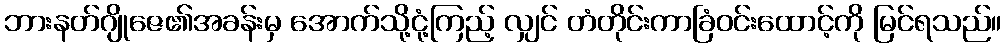
ဘားနတ်ဂျိုဇေ၏အခန်းမှ အောက်သို့ငုံ့ကြည့် လျှင် တံတိုင်းကာခြံဝင်းထောင့်ကို မြင်ရသည်။